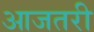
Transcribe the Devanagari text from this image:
आजतरी